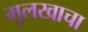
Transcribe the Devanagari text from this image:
मुलखाचा